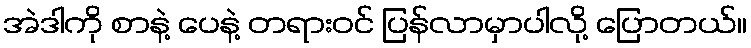
အဲဒါကို စာနဲ့ ပေနဲ့ တရားဝင် ပြန်လာမှာပါလို့ ပြောတယ်။